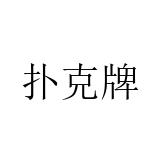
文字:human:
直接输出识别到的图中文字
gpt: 扑克牌